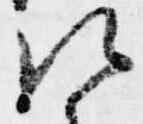
次